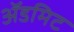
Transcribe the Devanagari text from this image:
ॲडमिट